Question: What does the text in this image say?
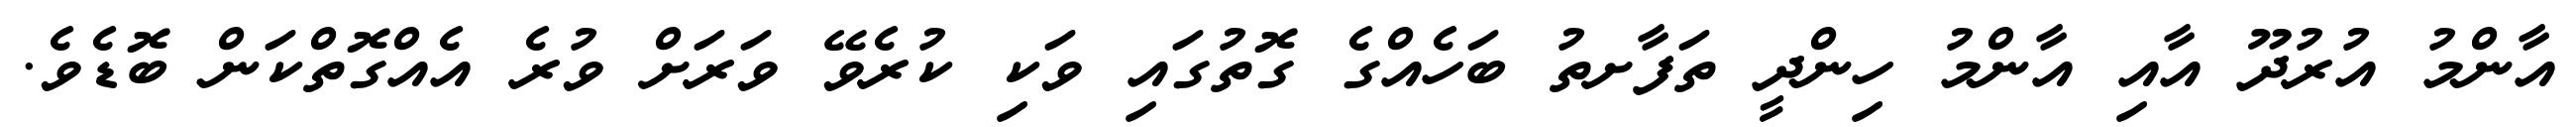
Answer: އާންމު އުރުދޫ އާއި އާންމު ހިންދީ ތަފާށތު ބަހެއްގެ ގޮތުގައި ވަކި ކުރެވޭ ވަރަށް ވުރެ އެއްގޮތްކަން ބޮޑެވެ.